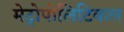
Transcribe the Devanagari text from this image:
मेट्रोपोलिटिकल